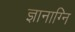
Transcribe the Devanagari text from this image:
ज्ञानाग्नि